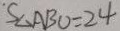
S _ { \Delta A B O } = 2 4